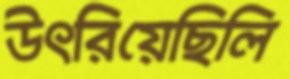
উৎরিয়েছিলি